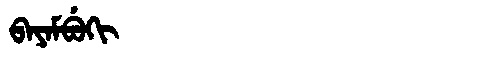
Manchu: ᠪᠠᠶᠠᠮᠪᡠᡴᡳ
Romanization: BAYAMBUKI